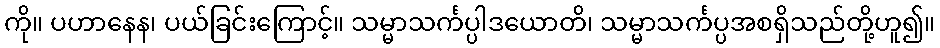
ကို။ ပဟာနေန၊ ပယ်ခြင်းကြောင့်။ သမ္မာသင်္ကပ္ပါဒယောတိ၊ သမ္မာသင်္ကပ္ပအစရှိသည်တို့ဟူ၍။